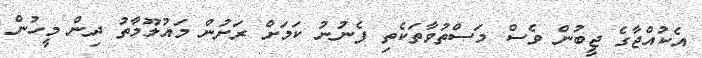
އެކުއްޖާގެ ޖީބުން ވެސް މަސްތުވާތަކެތި ފެނުނު ކަމަށް ރަށުން މައުލޫމާތު ދިން މީހުން